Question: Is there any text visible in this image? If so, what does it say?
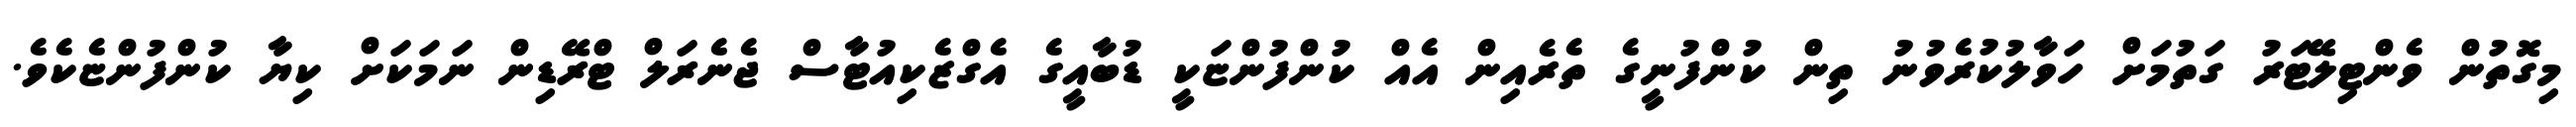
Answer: މިގޮތުން ވެންޓިލޭޓަރު ގަތުމަށް ހަވާލުކުރެވުނު ތިން ކުންފުނީގެ ތެރެއިން އެއް ކުންފުންޏަކީ ޑުބާއީގެ އެގްޒެކިއުޓާސް ޖެނެރަލް ޓްރޭޑިން ނަމަކަށް ކިޔާ ކުންފުންޏެކެވެ.